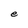
Character: e